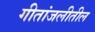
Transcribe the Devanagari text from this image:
गीतांजलीतील